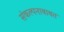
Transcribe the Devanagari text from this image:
संकल्पनाबाबत